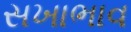
સખાભાવ